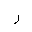
Letter: _ra